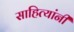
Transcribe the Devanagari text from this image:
साहित्यांनी